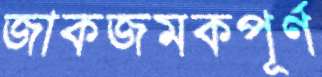
জাকজমকপূর্ণ